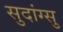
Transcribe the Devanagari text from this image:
सुदांग्सु